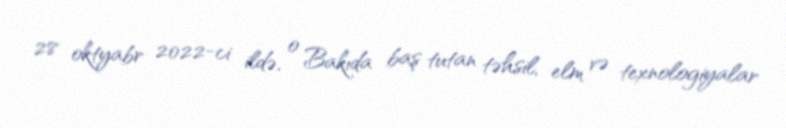
28 oktyabr 2022-ci ildə, o Bakıda baş tutan təhsil, elm və texnologiyalar